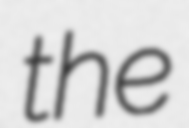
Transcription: the